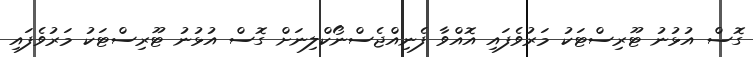
ގޮސް އުޅުނު ޓޫރިސްޓަކު މަރުވެފައި އޮއްވާ ފެނިއްޖެސްނޯކްލިނަށް ގޮސް އުޅުނު ޓޫރިސްޓަކު މަރުވެފައި